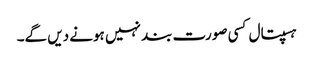
ہسپتال کسی صورت بند نہیں ہونے دیں گے۔